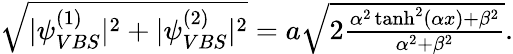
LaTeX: \begin{array}{r}{\sqrt{|\psi_{VBS}^{(1)}|^{2}+|\psi_{VBS}^{(2)}|^{2}}=a\sqrt{2\frac{\alpha^{2}\operatorname{tanh}^{2}(\alpha x)+\beta^{2}}{\alpha^{2}+\beta^{2}}}.}\end{array}